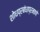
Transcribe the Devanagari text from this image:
शोधप्रबंधाप्रमाणे